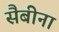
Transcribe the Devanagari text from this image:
सैबीना